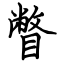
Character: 瞥